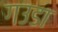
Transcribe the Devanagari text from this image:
गउडा